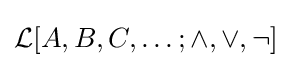
{\mathcal {L}}[A,B,C,\ldots ;\land ,\lor ,\neg ]